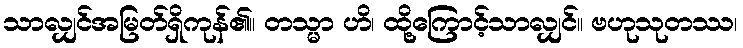
သာလျှင်အမြတ်ရှိကုန်၏။ တသ္မာ ဟိ၊ ထို့ကြောင့်သာလျှင်။ ဗဟုသုတဿ၊